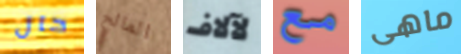
حال المالح لآلاف مع ماهى